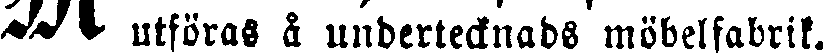
# utföras i undertecknads möbelfabrik.